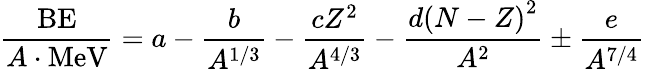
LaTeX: {\frac{\mathrm{BE}}{A\cdot{\mathrm{MeV}}}}=a-{\frac{b}{A^{1/3}}}-{\frac{cZ^{2}}{A^{4/3}}}-{\frac{d\left(N-Z\right)^{2}}{A^{2}}}\pm{\frac{e}{A^{7/4}}}